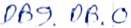
Text: DB9.DB.0